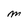
Character: m